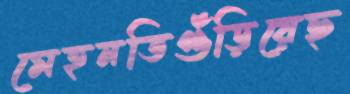
মেহনতিগুঁড়িয়েছ